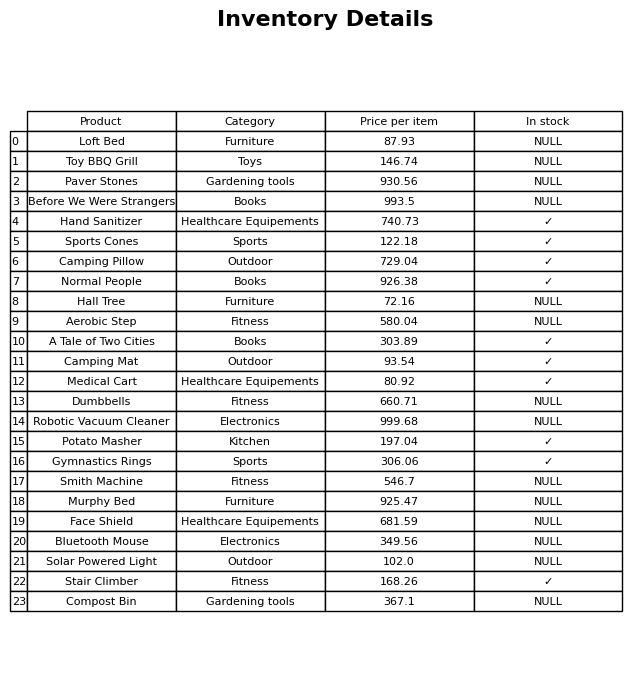
question: What is the price for Compost Bin?
answer: The price of Compost Bin is 367.1.